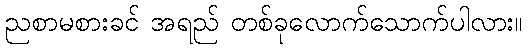
ညစာမစားခင် အရည် တစ်ခုလောက်သောက်ပါလား။